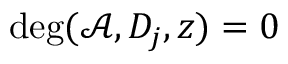
\deg ( \mathcal { A } , D _ { j } , z ) = 0